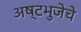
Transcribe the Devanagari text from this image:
अष्टभुजेचे